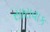
સારાવાક